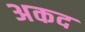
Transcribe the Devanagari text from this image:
अकद